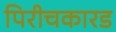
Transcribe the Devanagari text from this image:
पिरीचकारड